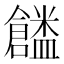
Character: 𠑜